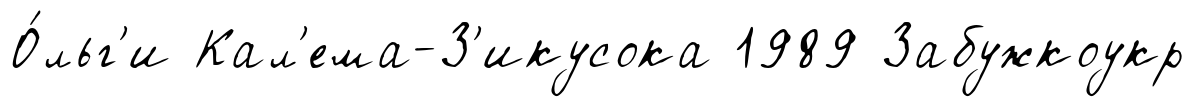
О́льг'и Кал'ема-З'икусока 1989 Забужкоукр